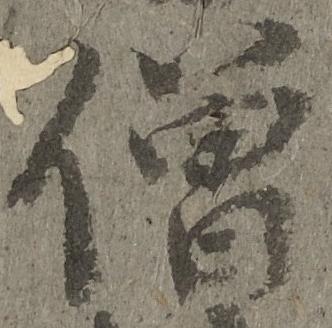
僧